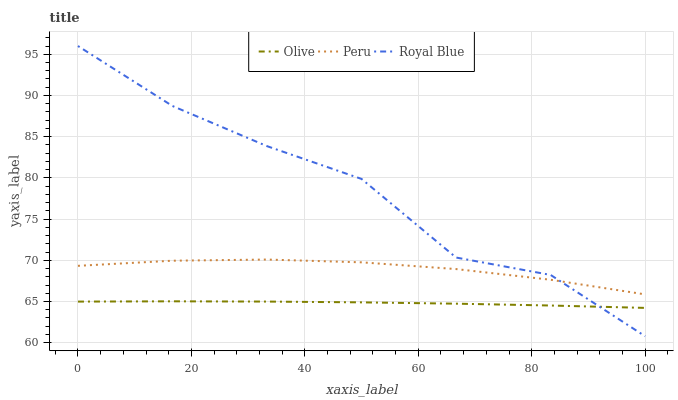
| xaxis_label | Olive | Peru | Royal Blue |
 | --- | --- | --- | --- |
 | 0 | 65 | 69.3 | 96 |
 | 16.7 | 65 | 70 | 88.7 |
 | 33.3 | 65 | 70.1 | 83.8 |
 | 50 | 64.9 | 69.8 | 79.9 |
 | 66.7 | 64.7 | 68.9 | 70.3 |
 | 83.3 | 64.5 | 67.6 | 68.2 |
 | 100 | 64.2 | 65.9 | 60.8 |